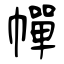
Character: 幝